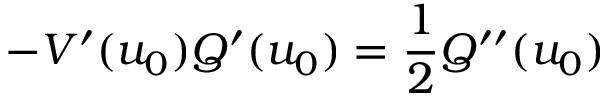
- V ^ { \prime } ( u _ { 0 } ) Q ^ { \prime } ( u _ { 0 } ) = \frac { 1 } { 2 } Q ^ { \prime \prime } ( u _ { 0 } )